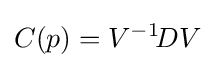
C(p)=V^{-1}\!DV